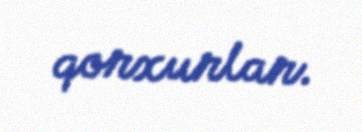
qorxurlar.